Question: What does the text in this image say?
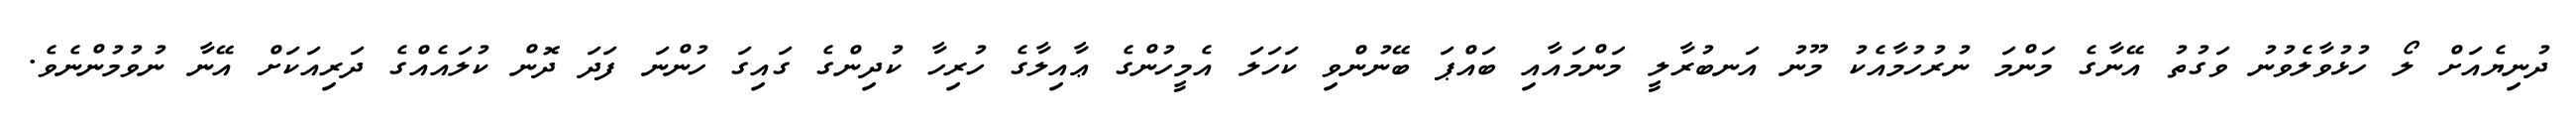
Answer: ދުނިޔެއަށް ލޯ ހުޅުވާލެވުނު ވަގުތު އޭނާގެ މަންމަ ނުރުހުމާއެކު މޫނު އަނބުރާލީ މަންމައާއި ބައްޕަ ބޭނުންވި ކަހަލަ އެމީހުންގެ ޢާއިލާގެ ހުރިހާ ކުދިންގެ ގައިގަ ހުންނަ ފަދަ ދޮން ކުލައެއްގެ ދަރިއަކަށް އޭނާ ނުވުމުންނެވެ.